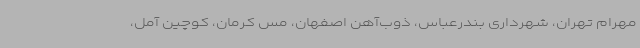
مهرام تهران، شهرداری بندرعباس، ذوب‌آهن اصفهان، مس کرمان، کوچین آمل،